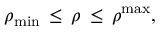
\rho _ { \mathrm { m i n } } \, \leq \, \rho \, \leq \, \rho ^ { \mathrm { m a x } } ,